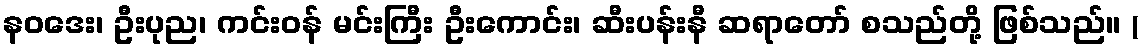
နဝဒေး၊ ဦးပုည၊ ကင်းဝန် မင်းကြီး ဦးကောင်း၊ ဆီးပန်းနီ ဆရာတော် စသည်တို့ ဖြစ်သည်။ (